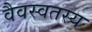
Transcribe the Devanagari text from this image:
वैवस्वतस्य